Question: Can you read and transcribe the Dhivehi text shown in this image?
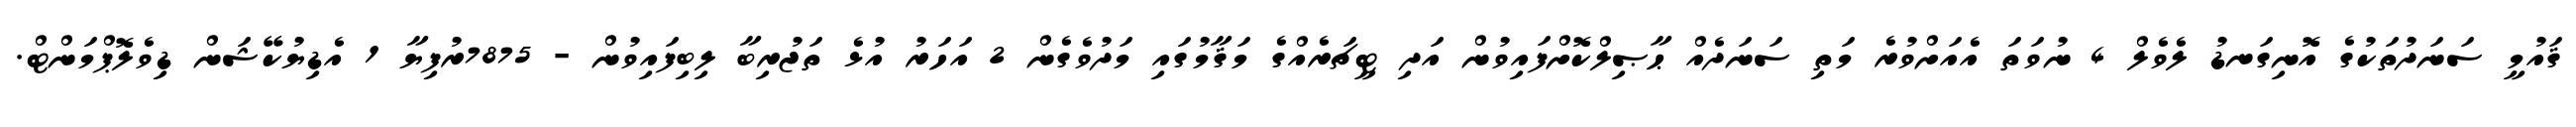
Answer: ޤައުމީ ސަނަދުތަކުގެ އޮނިގަނޑު ލެވެލް 4 ނުވަތަ އެއަށްވުރެ މަތި ސަނަދެއް ޙާޞިލްކޮށްފައިވުން އަދި ޓީޗަރެއްގެ މަޤާމުގައި މަދުވެގެން 2 އަހަރު އުޅެ ތަޖުރިބާ ލިބިފައިވުން - 7875ރުފިޔާ 1 އެޑިޔުކޭޝަން ޑިވެލޮޕްމަންޓް.